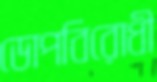
ডোপবিরোধী